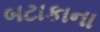
બટાકાના